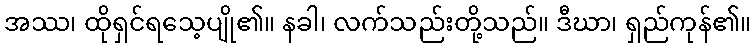
အဿ၊ ထိုရှင်ရသေ့ပျို၏။ နခါ၊ လက်သည်းတို့သည်။ ဒီဃာ၊ ရှည်ကုန်၏။